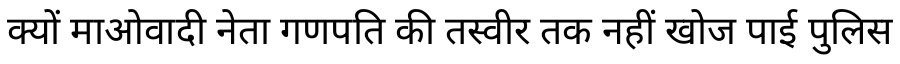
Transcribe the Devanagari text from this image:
क्यों माओवादी नेता गणपति की तस्वीर तक नहीं खोज पाई पुलिस